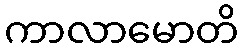
ကာလာမောတိ